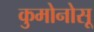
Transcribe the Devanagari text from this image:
कुमोनोसू